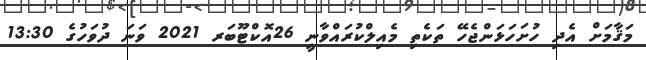
މަޤާމަށް އެދި ހުށަހަޅަންޖެހޭ ތަކެތި މެއިލްކުރައްވާނީ 26އޮކްޓޫބަރ 2021 ވަނަ ދުވަހުގެ 13:30